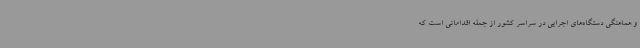
و هماهنگی دستگاه‌های اجرایی در سراسر کشور از جمله اقداماتی است که